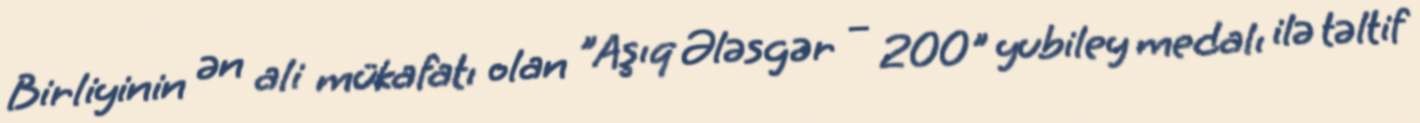
Birliyinin ən ali mükafatı olan "Aşıq Ələsgər – 200" yubiley medalı ilə təltif